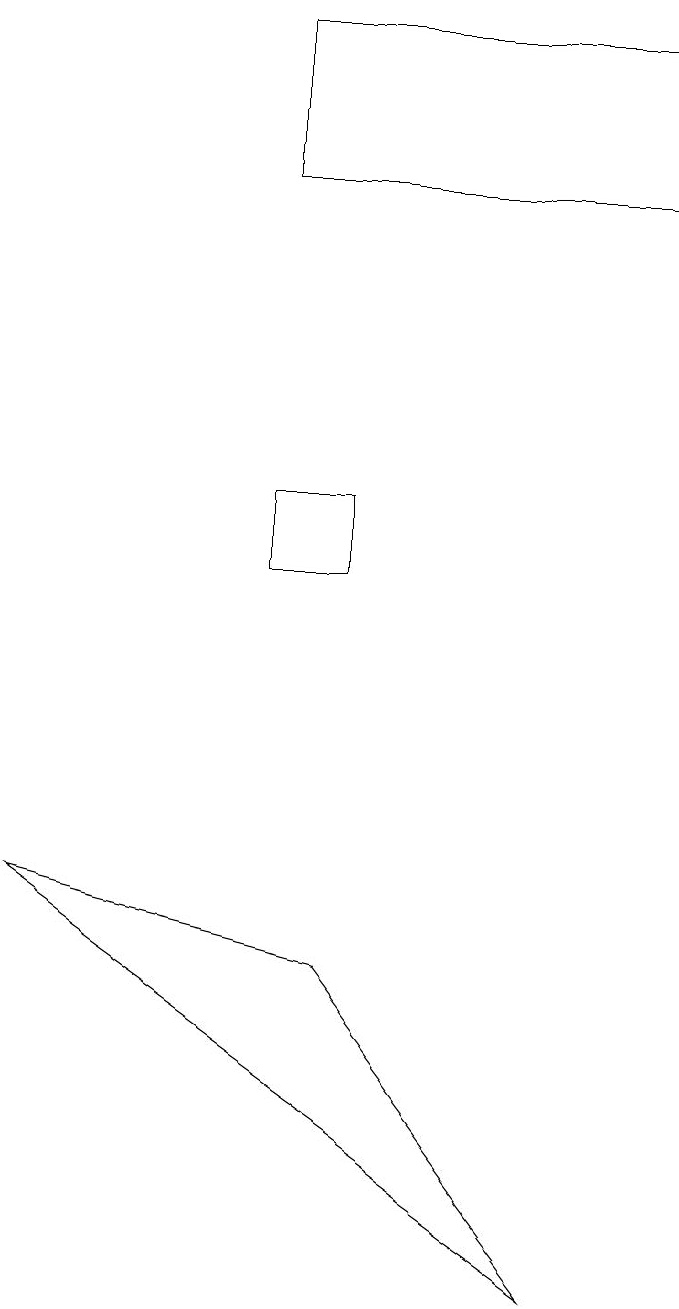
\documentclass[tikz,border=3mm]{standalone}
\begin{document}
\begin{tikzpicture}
\draw (4,15) rectangle (9,17);
\draw (5,5) -- (8,1) -- (1,6) -- cycle;
\draw (5,11) rectangle (4,10);
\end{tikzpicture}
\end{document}